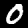
Label: 0